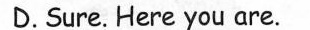
D.Sure. Here you are.